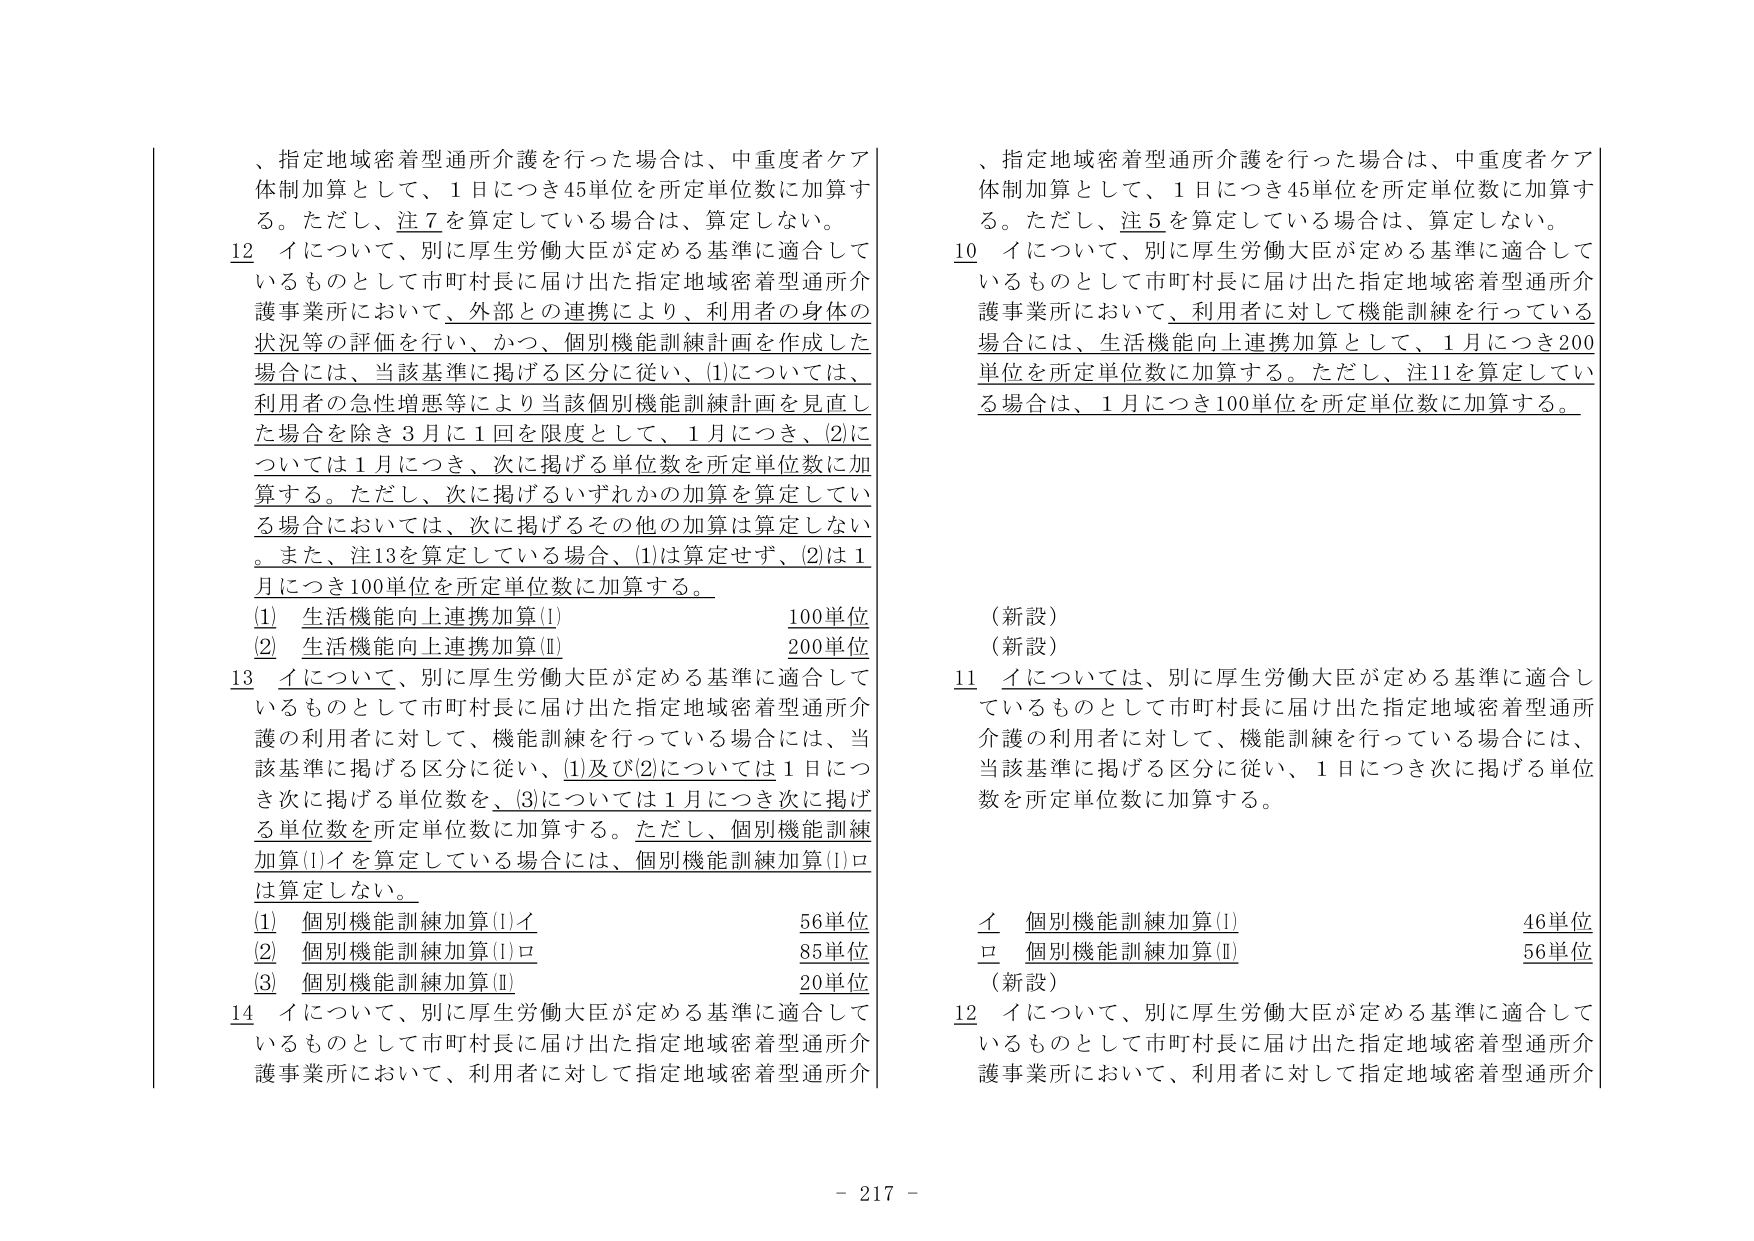
、指定地域密着型通所介護を行った場合は、中重度者ケア体制加算として、1日につき45単位を所定単位数に加算する。ただし、注7を算定している場合は、算定しない。

12 イについて、別に厚生労働大臣が定める基準に適合しているものとして市町村長に届け出た指定地域密着型通所介護事業所において、外部との連携により、利用者の身体の状況等の評価を行い、かつ、個別機能訓練計画を作成した場合には、当該基準に掲げる区分に従い、(1)については、利用者の急性増悪等により当該個別機能訓練計画を見直した場合を除き3月に1回を限度として、1月につき、(2)については1月につき、次に掲げる単位数を所定単位数に加算する。ただし、次に掲げるいずれかの加算を算定している場合においては、次に掲げるその他の加算は算定しない。また、注13を算定している場合、(1)は算定せず、(2)は1月につき100単位を所定単位数に加算する。

(1) 生活機能向上連携加算(I) 100単位
(2) 生活機能向上連携加算(II) 200単位

13 イについて、別に厚生労働大臣が定める基準に適合しているものとして市町村長に届け出た指定地域密着型通所介護の利用者に対して、機能訓練を行っている場合には、当該基準に掲げる区分に従い、(1)及び(2)については1日につき次に掲げる単位数を、(3)については1月につき次に掲げる単位数を所定単位数に加算する。ただし、個別機能訓練加算(I)イを算定している場合には、個別機能訓練加算(I)ロは算定しない。

(1) 個別機能訓練加算(I)イ 56単位
(2) 個別機能訓練加算(I)ロ 85単位
(3) 個別機能訓練加算(II) 20単位

14 イについて、別に厚生労働大臣が定める基準に適合しているものとして市町村長に届け出た指定地域密着型通所介護事業所において、利用者に対して指定地域密着型通所介

、指定地域密着型通所介護を行った場合は、中重度者ケア体制加算として、1日につき45単位を所定単位数に加算する。ただし、注5を算定している場合は、算定しない。

10 イについて、別に厚生労働大臣が定める基準に適合しているものとして市町村長に届け出た指定地域密着型通所介護事業所において、利用者に対して機能訓練を行っている場合には、生活機能向上連携加算として、1月につき200単位を所定単位数に加算する。ただし、注11を算定している場合は、1月につき100単位を所定単位数に加算する。

（新設）
（新設）

11 イについては、別に厚生労働大臣が定める基準に適合しているものとして市町村長に届け出た指定地域密着型通所介護の利用者に対して、機能訓練を行っている場合には、当該基準に掲げる区分に従い、1日につき次に掲げる単位数を所定単位数に加算する。

イ 個別機能訓練加算(I) 46単位
ロ 個別機能訓練加算(II) 56単位

（新設）

12 イについて、別に厚生労働大臣が定める基準に適合しているものとして市町村長に届け出た指定地域密着型通所介護事業所において、利用者に対して指定地域密着型通所介

- 217 -